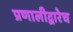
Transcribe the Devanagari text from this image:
प्रणालीद्वारेच